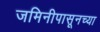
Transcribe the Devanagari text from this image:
जमिनीपासूनच्या